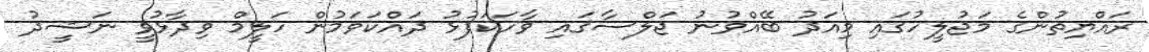
ރައްޔިތުންގެ މަޖުލީހުގައި މިއަދު ބޭއްވުނު ޖަލްސާގައި ވާހަކަފުޅު ދައްކަވަމުން ހަލީމް ވިދާޅުވީ ނަޝީދު